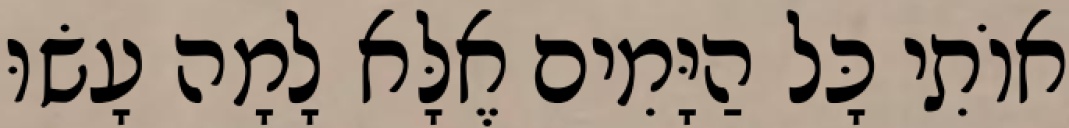
אוֹתִי כָּל הַיָּמִים אֶלָּא לָמָה עָשׂוּ